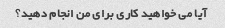
آیا می خواهید کاری برای من انجام دهید؟